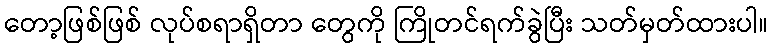
တော့ဖြစ်ဖြစ် လုပ်စရာရှိတာ တွေကို ကြိုတင်ရက်ခွဲပြီး သတ်မှတ်ထားပါ။